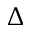
\Delta